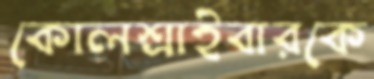
কোলশ্রাইবারকে